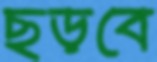
ছড়বে